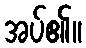
အပ်၏။